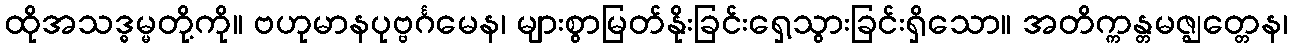
ထိုအသဒ္ဓမ္မတို့ကို။ ဗဟုမာနပုဗ္ဗင်္ဂမေန၊ များစွာမြတ်နိုးခြင်းရှေ့သွားခြင်းရှိသော။ အတိက္ကန္တမဇ္ဈတ္တေန၊